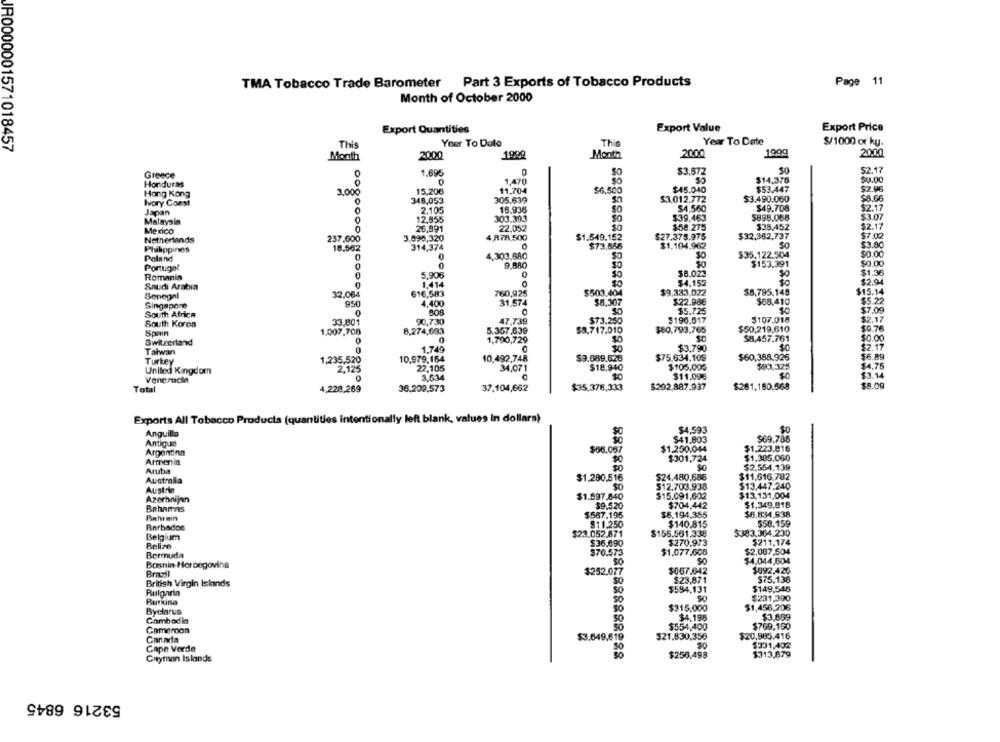
Page 11
TMA Tobacco Trade Barometer Part 3 Exports of Tobacco Products
Month of October 2000
Export Value
Export Price
Export Quantities
Year To Date
$/1000 or ky.
IR0000001571018457
This
Your To Date
This
Month
2000
1999
Month
2000
1900
20.00
SO
$2.17
Greece
1,695
SO
$3.572
$14.376
$0.00
Honduras
1,470
Hong Kong
3.000
15,206
11,704
$6,500
$45.040
$53.447
$2.96
Ivory Coast
348,053
305.639
53.012.772
$3.490.060
$8.66
15.936
$4,560
$49.708
$2.17
Japan
2,105
$895.068
Malaysia
12,955
303.393
$39,463
$3.07
Mexico
26,891
22.052
$58.275
$38,452
$2.17
Netherlands
237,600
3,896,320
4 ATA,500
$1.549.152
$27.378.975
$32,362,737
$7.00
$73,848
$1.194.962
$3.80
Philippines
18.562
314,374
$0.00
Poland
4,303.680
$35.122.504
Portugal
9,880
$153.391
$0.00
5,906
0
$8.023
$1.36
Romania
$4.152
$2.94
Saudi Arabia
1.414
Senegal
32.064
156
616,583
760,925
$503.404
$9.333.022
$8.795.145
$15.14
Singapore
4.400
31,574
$6,307
$22.986
$68.410
$5.22
$5.725
$7.09
South Africa
47.739
$196.017
$107.018
$2.17
South Korea
33,801
90,730
$73.230
Spain
1.007,708
8.274,693
5.357,639
$8.717.010
$80,793,765
$50,219.610
$9.76
Switzerland
0
1,790,729
XESS
$8,457.761
$0.00
0
1,749
$3.790
$2.17
Taiwan
$75.634.109
$60,388,926
$6.89
Turkey
1,235,520
10,979,164
10.492,748
$9,689,626
United Kingdom
2.125
22,105
34,071
$18.940
$105.005
$90,325
$4.75
3,634
$0
$11,09€
$0
$3.14
Veneructa
$8.09
Total
4,228,269
36.209.573
37.104,662
$292,887.937
$281.180.668
Exports All Tobacco Products (quantities intentionally left blank, values In dollars)
$4,593
$0
Anguilla
$41,803
$69.786
Antigua
Argentina
$06.087
$1.250.044
$1,223,816
Armenia
$0
$301,724
$1,385.050
$2.554.139
Aruba
$11.616.782
Australia
$1.290.516
$24.480.688
Austria
$12,703.938
$13.447.240
Azerbaijan
$1.597.840
$15.091,602
$13.131.004
$704,442
$1,349,018
Bahamas
$6.194,355
Bahrain
$6,834.938
Barbados
$11.250
$140.815
$58.159
Belgium
$23.052.871
$156.561,338
5383,364,230
$270.973
$211,174
Belize
$2.087,504
Bermuda
$1.077,608
Bonin Hercegovina
SO
$4.044,504
Brazil
$667.642
$992.426
$23,871
$75,138
British Virgin Islands
SO
$149,548
Bulgaria
$594,131
Burkina
SO
$231,390
$315,000
$1,456,206
Byclarus
$4.198
$3,659
Cambodia
Cameroon
$554,400
$769.100
Canada
$3.649,619
$21.830,356
$20,985.416
20
$331,402
Cape Verde
50
$313,879
Cayman Islands
$256,498
53216 6845